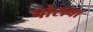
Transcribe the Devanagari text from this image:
पोरावा